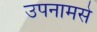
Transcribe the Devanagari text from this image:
उपनामसे